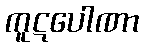
ကူဋပေါဏာ